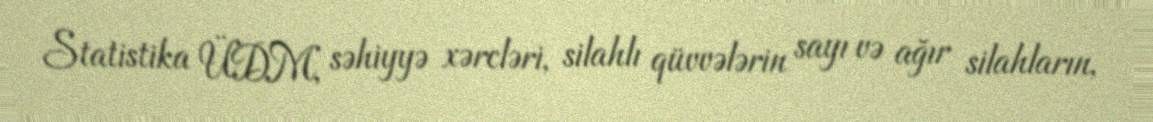
Statistika ÜDM, səhiyyə xərcləri, silahlı qüvvələrin sayı və ağır silahların,